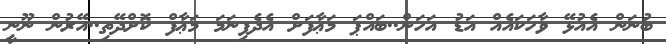
ބުނަން އެއުޅޭ ވާހަކައެއް އަޑު އަހަން..ބައްޕަ މަޢާފަށް އެދެފިނަމަ މަޢާފް ކޮށްދޭތި..އޭރުން ނޫނީ